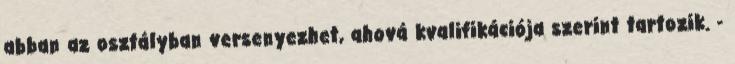
abban az osztályban versenyezhet, ahová kvalifikációja szerint tartozik. -